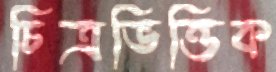
চিত্রভিত্তিক